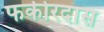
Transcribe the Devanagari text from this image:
फकीरदास